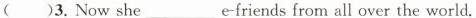
( )3.Now she__e-friends from all over the world.